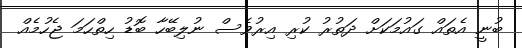
ބުނީ އެތައް ގައުމަކަށް ދަތުރު ކުރި އިރުވެސް ނުލިބޭހާ ބޮޑު ހިތްހަމަ ޖެހުމެއް